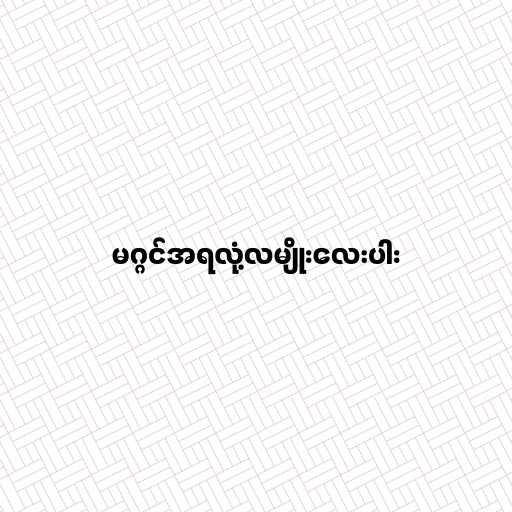
မဂ္ဂင်အရလုံ့လမျိုးလေးပါး